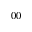
^ { 0 0 }